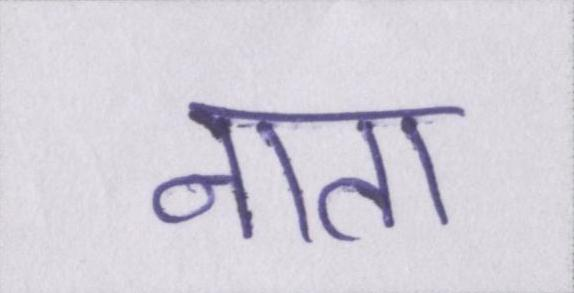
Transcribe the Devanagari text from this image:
नाता